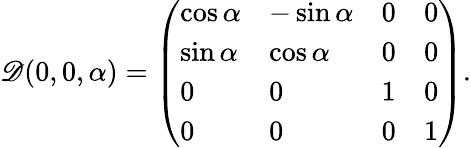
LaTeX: \mathscr{D}(0,0,\alpha)=\left(\begin{array}{llll}{{\cos\alpha}}&{{-\sin\alpha}}&{{0}}&{{0}}\\ {{\sin\alpha}}&{{\cos\alpha}}&{{0}}&{{0}}\\ {{0}}&{{0}}&{{1}}&{{0}}\\ {{0}}&{{0}}&{{0}}&{{1}}\end{array}\right).